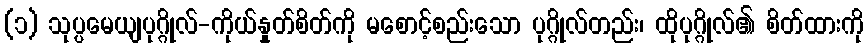
(၁) သုပ္ပမေယျပုဂ္ဂိုလ်-ကိုယ်နှုတ်စိတ်ကို မစောင့်စည်းသော ပုဂ္ဂိုလ်တည်း၊ ထိုပုဂ္ဂိုလ်၏ စိတ်ထားကို